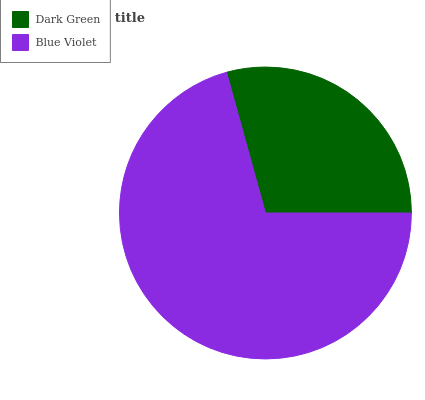
| Dark Green | Blue Violet |
 | --- | --- |
 | 29.3% | 70.7% |